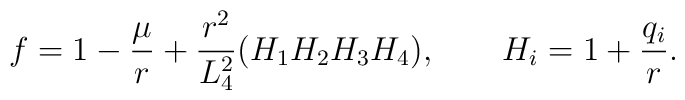
f=1-\frac{\mu}{r}+\frac{r^2}{L_4^2}(H_1H_2H_3H_4), ~~~~~~H_i=1+\frac{q_i}{r}.